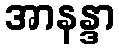
အာနန္ဒာ